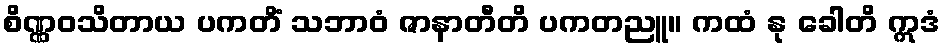
စိဏ္ဏဝသိတာယ ပကတိံ သဘာဝံ ဇာနာတီတိ ပကတညူ။ ကထံ နု ခေါတိ ဣဒံ